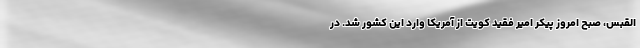
القبس، صبح امروز پیکر امیر فقید کویت از آمریکا وارد این کشور شد. در